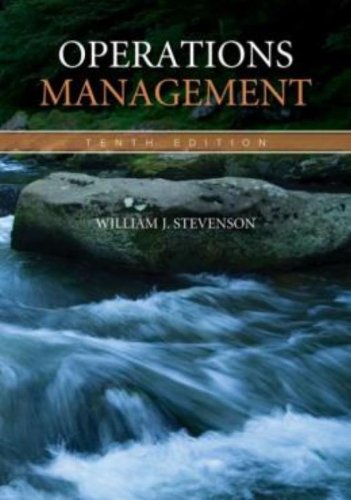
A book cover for Operations Management; William Stevenson; Business & Money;